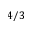
4 / 3